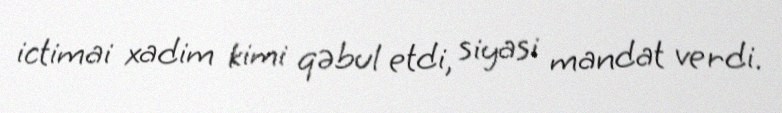
ictimai xadim kimi qəbul etdi, siyasi mandat verdi.